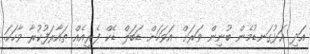
އަދި އަޅުގަނޑުމެން ބުނިން ވަރަށް އަވަހަށް ޑަބަލް ޑެކް ފެރީއެއް ތައާރަފުކުރާ ވާހަކަ.